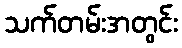
သက်တမ်းအတွင်း